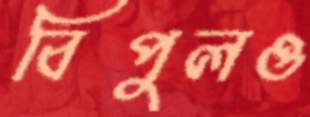
বিপুলও